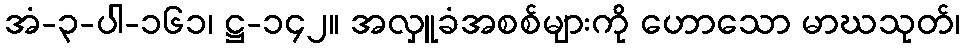
အံ-၃-ပါ-၁၆၁၊ ဋ္ဌ-၁၄၂။ အလှူခံအစစ်များကို ဟောသော မာဃသုတ်၊